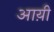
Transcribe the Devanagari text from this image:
आय़ी